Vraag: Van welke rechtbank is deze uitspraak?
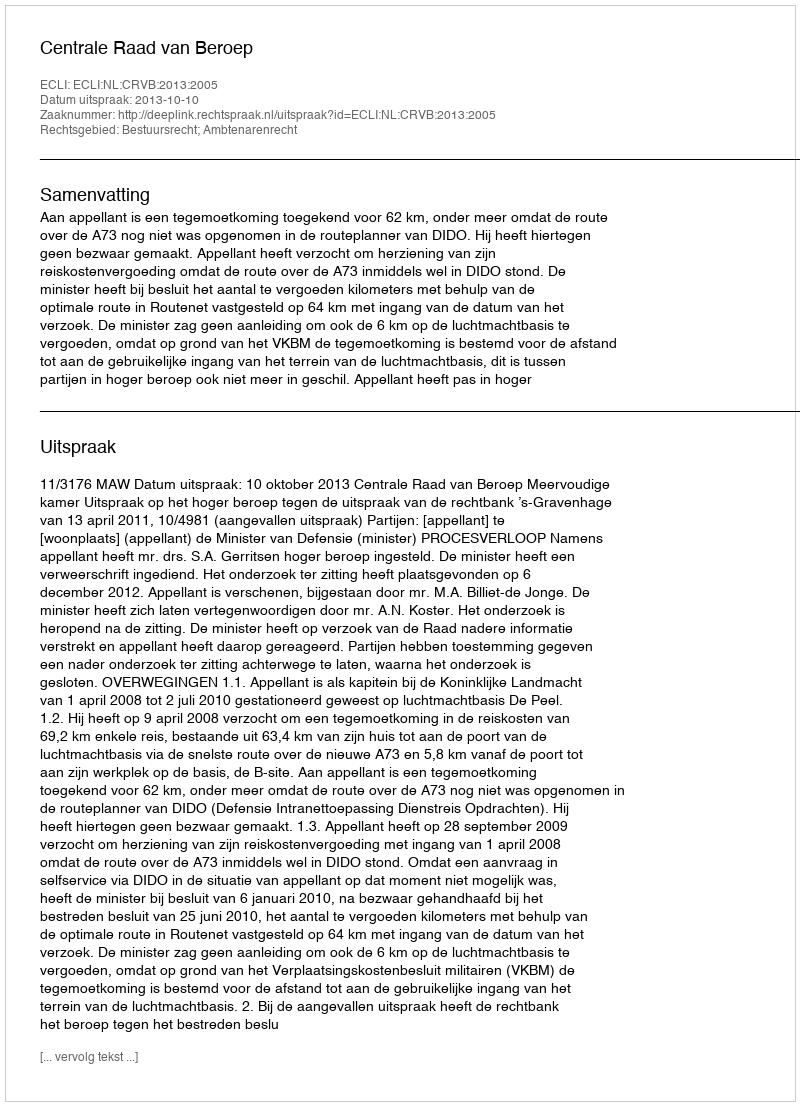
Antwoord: Centrale Raad van Beroep